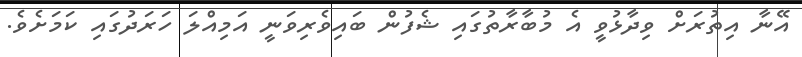
އޭނާ އިތުރަށް ވިދާޅުވީ އެ މުބާރާތުގައި ޝެފުން ބައިވެރިވަނީ އަމިއްލަ ހަރަދުގައި ކަމަށެވެ.